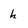
Character: h